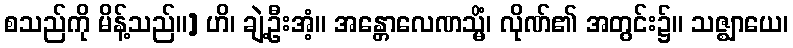
စသည်ကို မိန့်သည်။] ဟိ၊ ချဲ့ဦးအံ့။ အန္တောလေဏသ္မိံ၊ လိုဏ်၏ အတွင်း၌။ သဇ္ဈာယေ၊